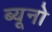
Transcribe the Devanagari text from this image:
ब्यूनो